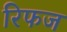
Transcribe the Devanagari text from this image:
रिफज